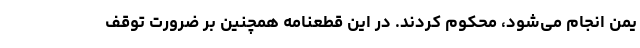
یمن انجام می‌شود، محکوم کردند. در این قطعنامه همچنین بر ضرورت توقف